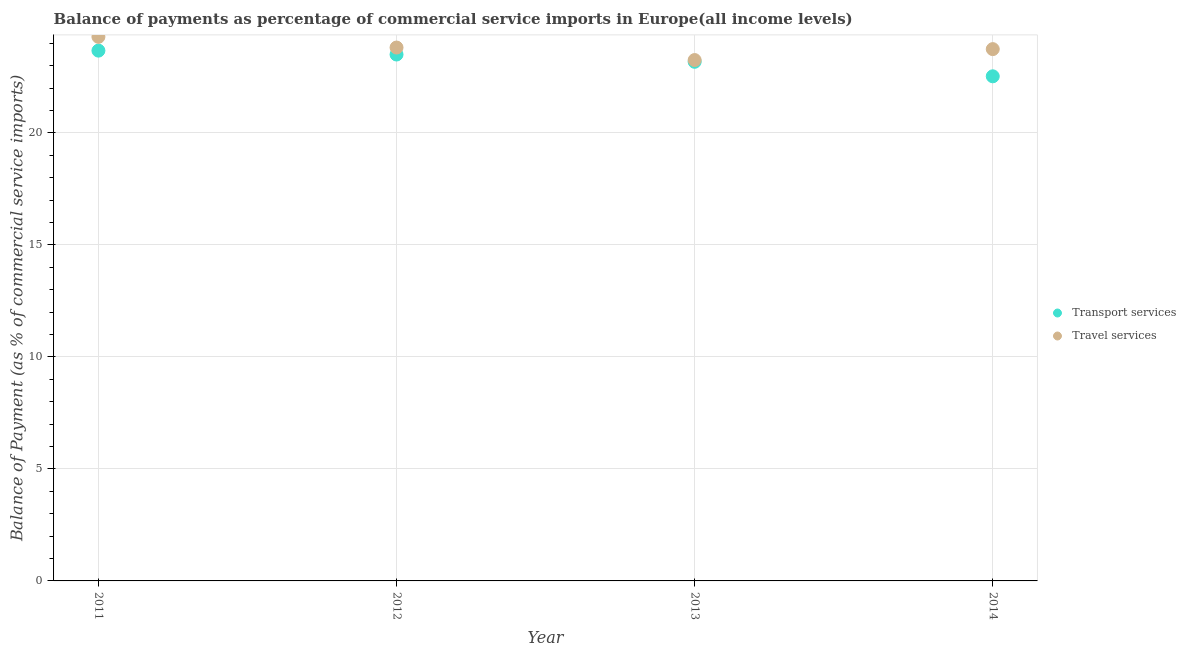
| Year | Transport services | Travel services |
 | --- | --- | --- |
 | 2011 | 23.7 | 24.3 |
 | 2012 | 23.5 | 23.8 |
 | 2013 | 23.2 | 23.3 |
 | 2014 | 22.5 | 23.7 |